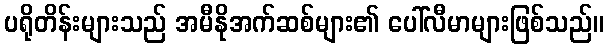
ပရိုတိန်းများသည် အမီနိုအက်ဆစ်များ၏ ပေါ်လီမာများဖြစ်သည်။